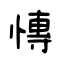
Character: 慱